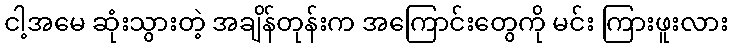
ငါ့အမေ ဆုံးသွားတဲ့ အချိန်တုန်းက အကြောင်းတွေကို မင်း ကြားဖူးလား